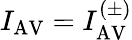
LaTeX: I_{\mathrm{AV}}=I_{\mathrm{AV}}^{(\pm)}